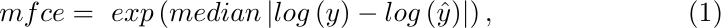
\begin{equation}
mfce=\ exp\left(median\left|log\left(y\right)-log\left(\hat{y}\right)\right|\right),
\label{eq:mfce}
\end{equation}